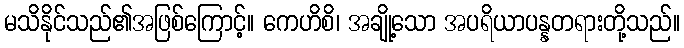
မသိနိုင်သည်၏အဖြစ်ကြောင့်။ ကေဟိစိ၊ အချို့သော အပရိယာပန္နတရားတို့သည်။